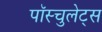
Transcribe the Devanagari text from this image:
पॉस्चुलेट्स